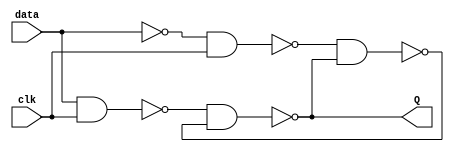
module flipflopd
(
	 input data,
    input clk,
	 output Q
    );
	 
	 wire w1, w2, q_n;
	 
	 assign w1 = ~(data & clk);// SET
	 assign w2 = ~(~data & clk);// RESET
	 
	 assign Q = ~(w1 & q_n);//salida Q
	 assign q_n = ~(w2 & Q);

endmodule